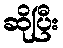
ဆိုပြီး